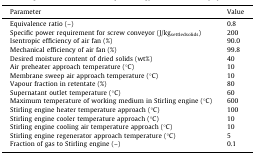
<table><thead><tr><td><b>Parameter</b></td><td><b>Value</b></td></tr></thead><tbody><tr><td>Equivalence ratio (–)</td><td>0.8</td></tr><tr><td>Specific power requirement for screw conveyor (J/kg<sub>settledsolids</sub>)</td><td>200</td></tr><tr><td>Isentropic efficiency of air fan (%)</td><td>90.0</td></tr><tr><td>Mechanical efficiency of air fan (%)</td><td>99.8</td></tr><tr><td>Desired moisture content of dried solids (wt%)</td><td>40</td></tr><tr><td>Air preheater approach temperature (°C)</td><td>10</td></tr><tr><td>Membrane sweep air approach temperature (°C)</td><td>10</td></tr><tr><td>Vapour fraction in retentate (%)</td><td>80</td></tr><tr><td>Supernatant outlet temperature (°C)</td><td>60</td></tr><tr><td>Maximum temperature of working medium in Stirling engine (°C)</td><td>600</td></tr><tr><td>Stirling engine heater temperature approach (°C)</td><td>100</td></tr><tr><td>Stirling engine cooler temperature approach (°C)</td><td>10</td></tr><tr><td>Stirling engine cooling air temperature approach (°C)</td><td>10</td></tr><tr><td>Stirling engine regenerator approach temperature (°C)</td><td>5</td></tr><tr><td>Fraction of gas to Stirling engine (–)</td><td>0.1</td></tr></tbody></table>